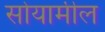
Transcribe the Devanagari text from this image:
सोयामील